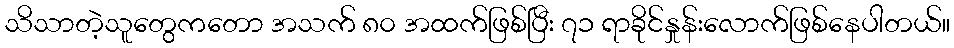
သိသာတဲ့သူတွေကတော အသက် ၈၀ အထက်ဖြစ်ပြီး ၇၁ ရာခိုင်နှုန်းလောက်ဖြစ်နေပါတယ်။